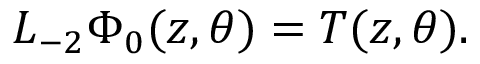
L _ { - 2 } \Phi _ { 0 } ( z , \theta ) = T ( z , \theta ) .